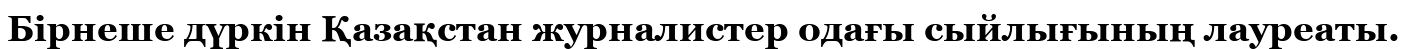
Бірнеше дүркін Қазақстан журналистер одағы сыйлығының лауреаты.